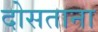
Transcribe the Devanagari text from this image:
दोसताना